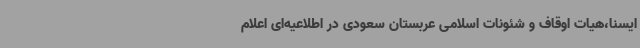
ایسنا،هیات اوقاف و شئونات اسلامی عربستان سعودی در اطلاعیه‌ای اعلام